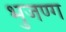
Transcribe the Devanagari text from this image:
भुजण्ग